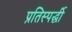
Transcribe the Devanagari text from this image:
प्रतिस्पर्द्धी